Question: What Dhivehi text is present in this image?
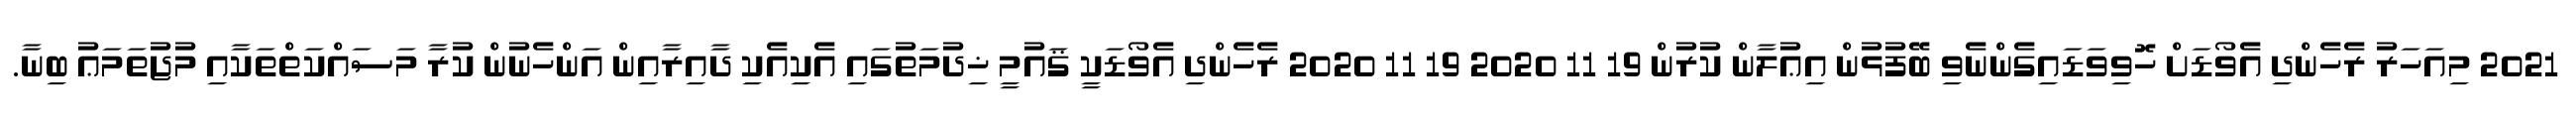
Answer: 2021 މިއަހަރު ރެހެންދި އެވޯޑަށް ހޮވިވަޑައިގެންނެވި ބޭފުޅުން އިޢުލާން ކުރުން 19 11 2020 19 11 2020 ރެހެންދި އެވޯޑަކީ ޤައުމީ ޚިދުމަތުގައި އެކިއެކި ދާއިރާއިން އަންހެނުން ކުރާ މަސައްކަތްތަކާއި މުޖުތަމަޢު ބިނާ.